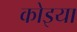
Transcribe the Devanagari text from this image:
कोइया